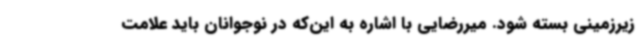
زیرزمینی بسته شود. میررضایی با اشاره به این‌که در نوجوانان باید علامت